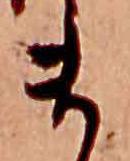
ま